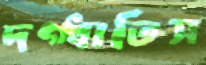
দগ্ধাতিস